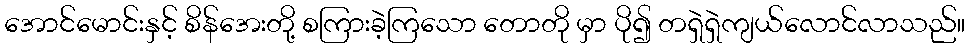
အောင်မောင်းနှင့် စိန်အေးတို့ စကြားခဲ့ကြသော တောတို မှာ ပို၍ တရှဲရှဲကျယ်လောင်လာသည်။